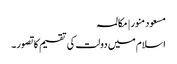
مسعود منور | مکالمہ
اسلام میں دولت کی تقسیم کا تصور۔